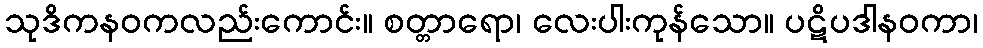
သုဒိကနဝကလည်းကောင်း။ စတ္တာရော၊ လေးပါးကုန်သော။ ပဋိပဒါနဝကာ၊